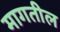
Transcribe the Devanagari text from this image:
मागतील